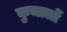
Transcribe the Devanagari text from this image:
कुचालों